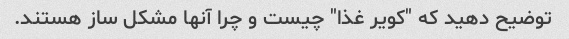
توضیح دهید که "کویر غذا" چیست و چرا آنها مشکل ساز هستند.